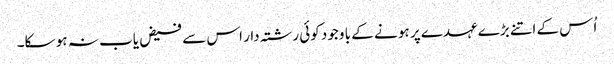
اُس کے اتنے بڑے عہدے پر ہو نے کے با وجود کوئی رشتہ دار اس سے فیض یاب نہ ہو سکا۔